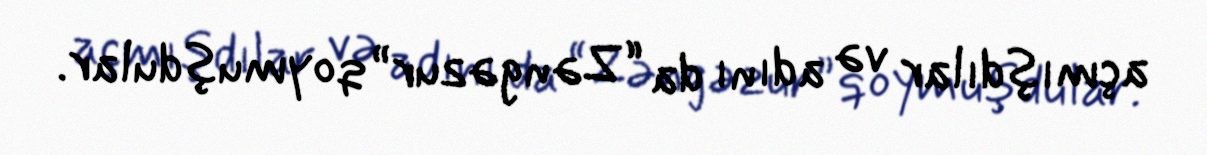
açmışdılar və adını da “Zəngəzur” qoymuşdular.